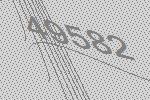
49582